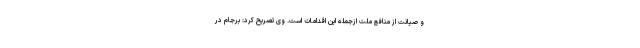
و صیانت از منافع ملت ازجمله این اقدامات است. وی تصریح کرد: برجام در